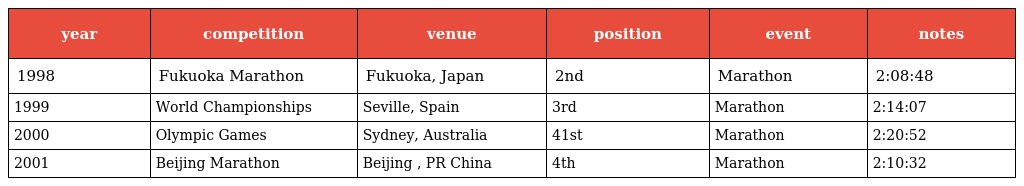
| year | competition | venue | position | event | notes |
 | --- | --- | --- | --- | --- | --- |
 | 1998 | Fukuoka Marathon | Fukuoka, Japan | 2nd | Marathon | 2:08:48 |
 | 1999 | World Championships | Seville, Spain | 3rd | Marathon | 2:14:07 |
 | 2000 | Olympic Games | Sydney, Australia | 41st | Marathon | 2:20:52 |
 | 2001 | Beijing Marathon | Beijing , PR China | 4th | Marathon | 2:10:32 |